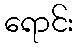
ရောင်း